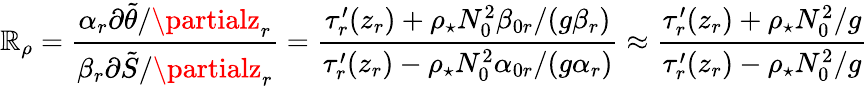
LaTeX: \mathbb{R}_{\rho}=\frac{{\alpha_{r}\partial\tilde{{\theta}}/\partialz_{r}}}{{\beta_{r}\partial\tilde{{S}}/\partialz_{r}}}=\frac{{\tau_{r}^{\prime}(z_{r})+\rho_{\star}N_{0}^{2}\beta_{0r}/(g\beta_{r})}}{{\tau_{r}^{\prime}(z_{r})-\rho_{\star}N_{0}^{2}\alpha_{0r}/(g\alpha_{r})}}\approx\frac{{\tau_{r}^{\prime}(z_{r})+\rho_{\star}N_{0}^{2}/g}}{{\tau_{r}^{\prime}(z_{r})-\rho_{\star}N_{0}^{2}/g}}